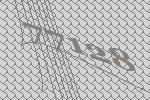
77128